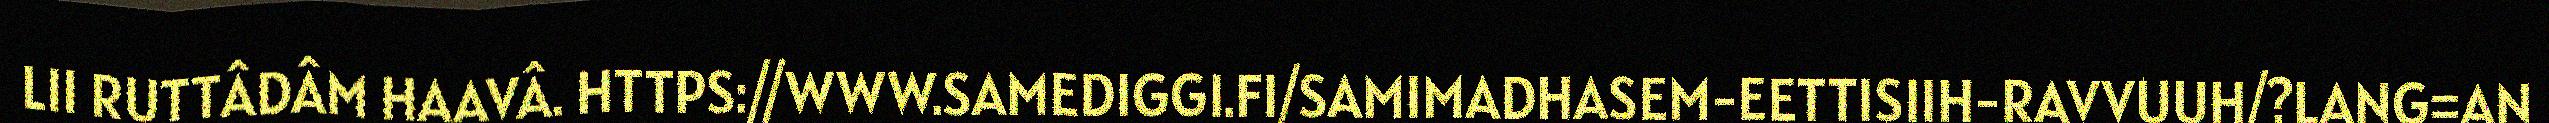
LII RUTTÂDÂM HAAVÂ. HTTPS://WWW.SAMEDIGGI.FI/SAMIMADHASEM-EETTISIIH-RAVVUUH/?LANG=AN